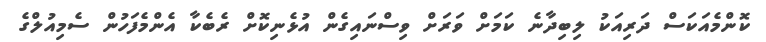
ކޮންމެއަކަސް ދަރިއަކު ލިބިދާނެ ކަމަށް ވަރަށް ވިސްނައިގެން އުޅެނިކޮށް ރެބެކާ އެންމެފަހުން ސެމިއުލްގެ